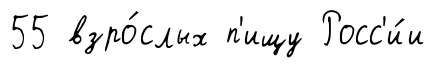
55 взро́слых п'ищу Росс'и́и